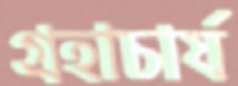
গ্রহাচার্য